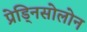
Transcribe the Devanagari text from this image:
प्रेड्निसोलोन